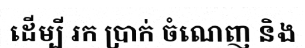
ដើម្បី រក ប្រាក់ ចំណេញ និង